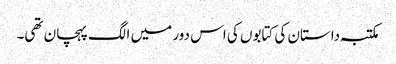
مکتبہ داستان کی کتابوں کی اس دور میں الگ پہچان تھی۔